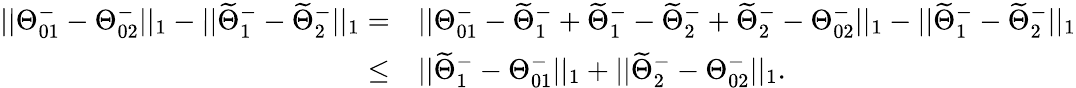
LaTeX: \begin{array}{rl}{||\Theta_{01}^{-}-\Theta_{02}^{-}||_{1}-||\widetilde{\Theta}_{1}^{-}-\widetilde{\Theta}_{2}^{-}||_{1}=}&{||\Theta_{01}^{-}-\widetilde{\Theta}_{1}^{-}+\widetilde{\Theta}_{1}^{-}-\widetilde{\Theta}_{2}^{-}+\widetilde{\Theta}_{2}^{-}-\Theta_{02}^{-}||_{1}-||\widetilde{\Theta}_{1}^{-}-\widetilde{\Theta}_{2}^{-}||_{1}}\\ {\leq}&{||\widetilde{\Theta}_{1}^{-}-\Theta_{01}^{-}||_{1}+||\widetilde{\Theta}_{2}^{-}-\Theta_{02}^{-}||_{1}.}\end{array}